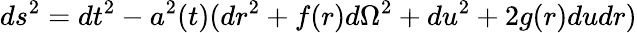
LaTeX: ds^{2}=dt^{2}-a^{2}(t)(dr^{2}+f(r)d\Omega^{2}+du^{2}+2g(r)dudr)